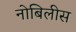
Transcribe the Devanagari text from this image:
नोबिलीस